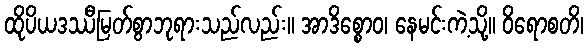
ထိုပိယဒဿီမြတ်စွာဘုရားသည်လည်း။ အာဒိစ္စောဝ၊ နေမင်းကဲ့သို့။ ဝိရောစတိ၊